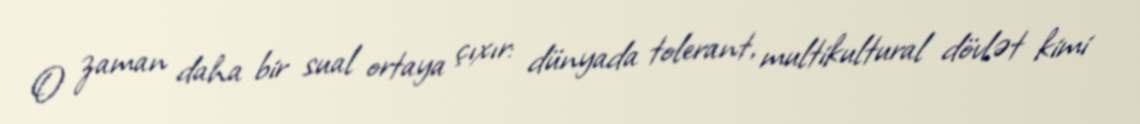
O zaman daha bir sual ortaya çıxır: dünyada tolerant, multikultural dövlət kimi